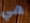
هي